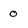
Character: 0